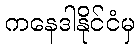
ကနေဒါနိုင်ငံမှ